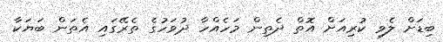
ބިޑަށް ލެވި ކުރިއަށް އޮތް ދެތިން މަހެއްހާ ދުވަހުގެ ތެރޭގައި އެތަން ބަޔަކާ